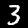
Digit: 3